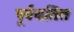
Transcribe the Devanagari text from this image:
पूर्वघतित